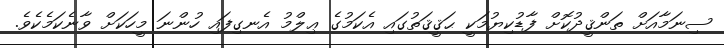
ސިނަމާއަށް ތަންޤީދުކޮށް ފާޑުކިޔުމަކީ ޙަޤީޤަތުގައި އެކަމުގެ ޢިލްމު އެނގިފައި ހުންނަ މީހަކަށް ވާނެކަމެކެވެ.